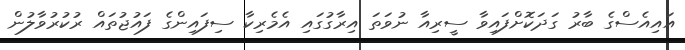
އައިއެސްގެ ބާރު ގަދަކޮށްފައިވާ ސީރިއާ ނުވަތަ އިރާގުގައި އެމެރިކާ ސިފައިންގެ ފައުޖުތައް ރުކުރުވާލުން